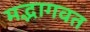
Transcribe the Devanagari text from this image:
मद्भागवत